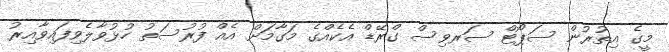
މީގެ އިތުރުން ސަޕޯޓް ސަރވިސް ގްރޭޑް އެކެއްގެ މަގާމަށް އެއް ފުރުސަތު ހުޅުވާލެވިފައިވާއިރު